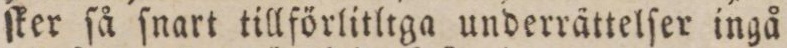
ſker ſå ſnart tillförlitltga underrättelſer ingå